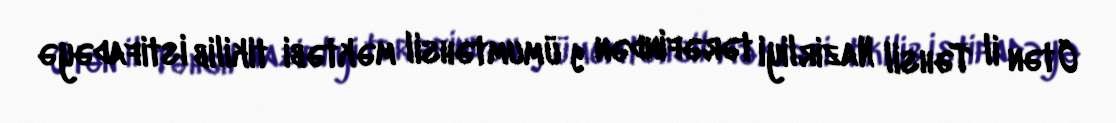
Ötən il Təhsil Nazirliyi tərəfindən 9 ümumtəhsil məktəbi tikilib istifadəyə